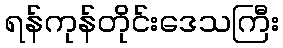
ရန်ကုန်တိုင်းဒေသကြီး